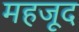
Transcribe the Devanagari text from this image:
महजूद